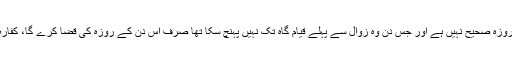
سفر میں اس کا روزہ صحیح نہیں ہے اور جس دن وہ زوال سے پہلے قیام گاہ تک نہیں پہنچ سکا تھا صرف اس دن کے روزہ کی قضا کرے گا، کفارہ واجب نہیں ہے۔